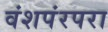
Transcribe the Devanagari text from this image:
वंशपंरपरा